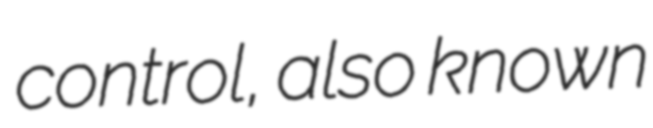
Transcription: control, also known